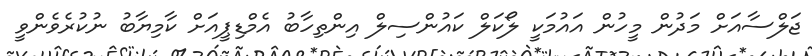
ޖަލްސާއަށް މަދުން މީހުން އައުމަކީ ލޯކަލް ކައުންސިލް އިންތިހާބު އެމްޑިޕީއަށް ކާމިޔާބު ނުކުރެވެންވީ